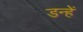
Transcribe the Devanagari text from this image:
डन्हें